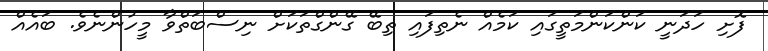
ފޮށި ހަދަނީ ކަންކަންމަތީގައި ކަމެއް ނެތިފައި ތިބޭ ގޭންގްތަކަށް ނިސްބަތްވާ މީހުންނެވެ. ބައެއް